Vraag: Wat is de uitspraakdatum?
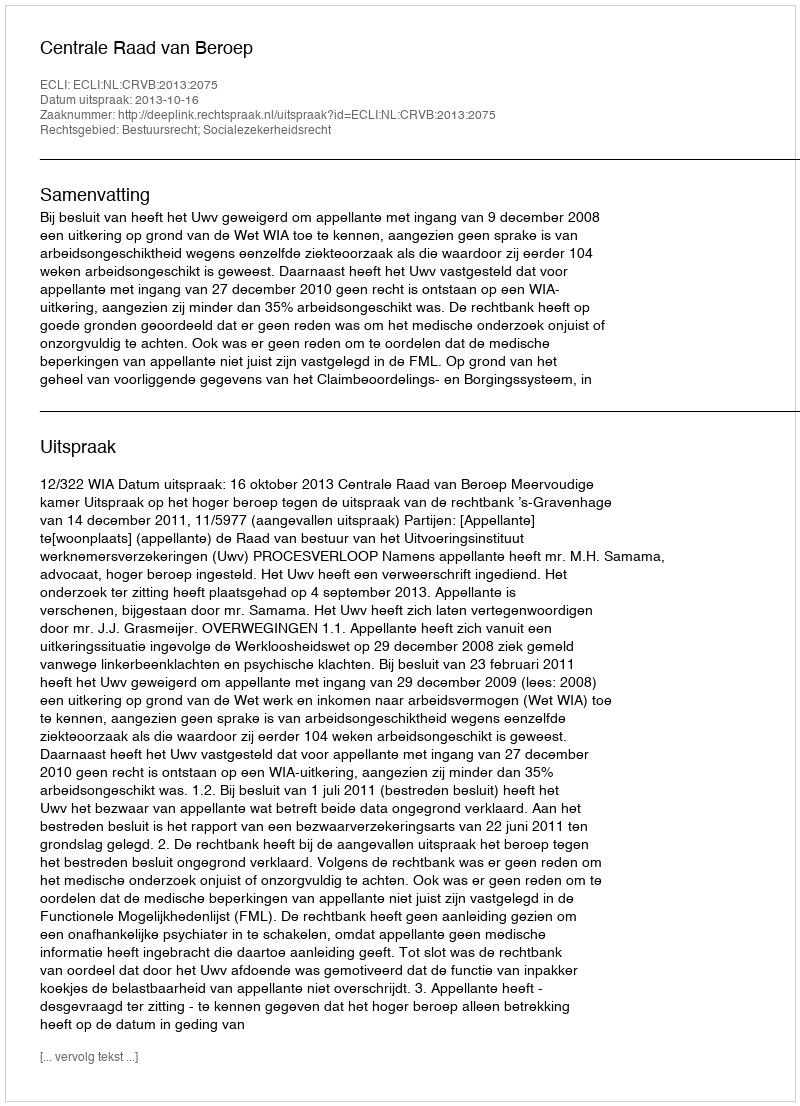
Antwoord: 2013-10-16